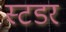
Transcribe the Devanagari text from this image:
स्टडर